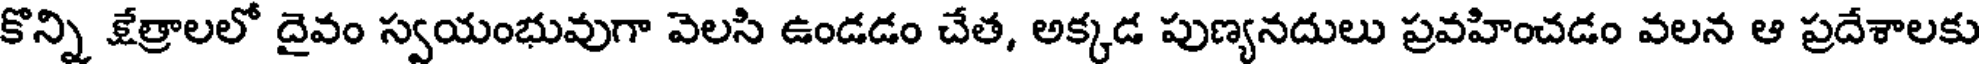
కొన్ని క్షేత్రాలలో దైవం స్వయంభువుగా వెలసి ఉండడం చేత, అక్కడ పుణ్యనదులు ప్రవహించడం వలన ఆ ప్రదేశాలకు